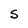
Character: S